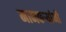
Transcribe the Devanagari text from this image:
मानकऱ्यांनी